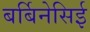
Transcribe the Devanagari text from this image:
बर्बिनेसिई